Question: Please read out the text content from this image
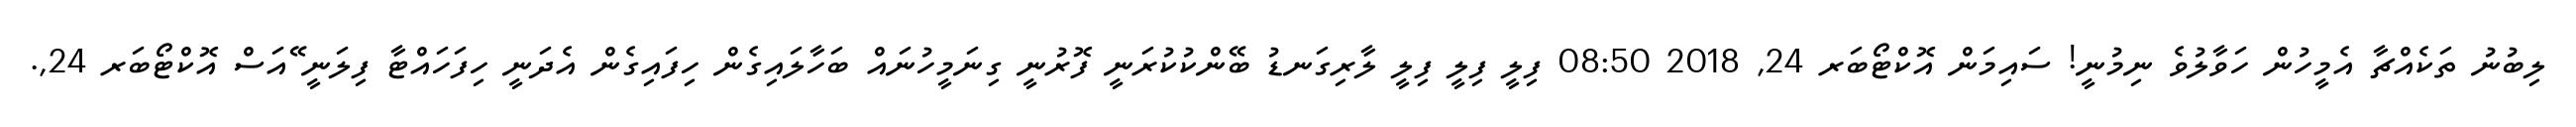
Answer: ލިބުނު ތަކެއްޗާ އެމީހުން ހަވާލުވެ ނިމުނީ! ސައިމަން އޮކްޓޯބަރ 24, 2018 08:50 ފިލީ ފިލީ ފިލީ ލާރިގަނޑު ބޭންކުކުރަނީ ފޮރުނީ ގިނަމީހުނައް ބަހާލައިގެން ހިފައިގެން އެދަނީ ހިފަހައްޓާ ފިލަނީ ޭއަސް އޮކްޓޯބަރ 24,.